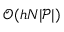
\mathcal { O } ( h N \lvert \mathcal { P } \rvert )